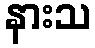
နားသ